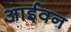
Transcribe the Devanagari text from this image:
आईवन